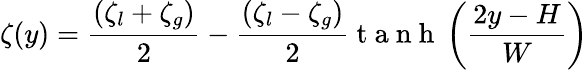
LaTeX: \zeta(y)=\frac{(\zeta_{l}+\zeta_{g})}{2}-\frac{(\zeta_{l}-\zeta_{g})}{2}\mathrm{~t~a~n~h~}\left(\frac{2y-H}{W}\right)